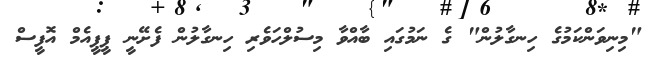
"މިނިވަންކަމުގެ ހިނގާލުން" ގެ ނަމުގައި ބާއްވާ މިސުލްހަވެރި ހިނގާލުން ފެށޭނީ ޕީޕީއެމް އޮފީސް